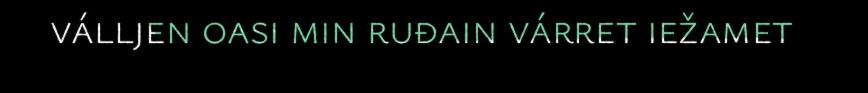
válljen oasi min ruđain várret iežamet